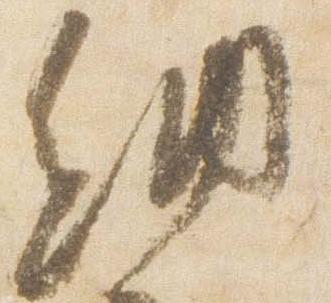
納